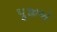
પૂજીએ